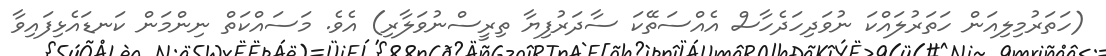
(ހަތަރުމިލިއަން ހަތަރުލައްކަ ނުވަދިހަދެހާސް އެއްސަތޭކަ ސާދަރުފިޔާ ތިރީސްނުވަލާރި) އެވެ. މަސައްކަތް ނިންމަން ކަނޑައެޅިފައިވާ